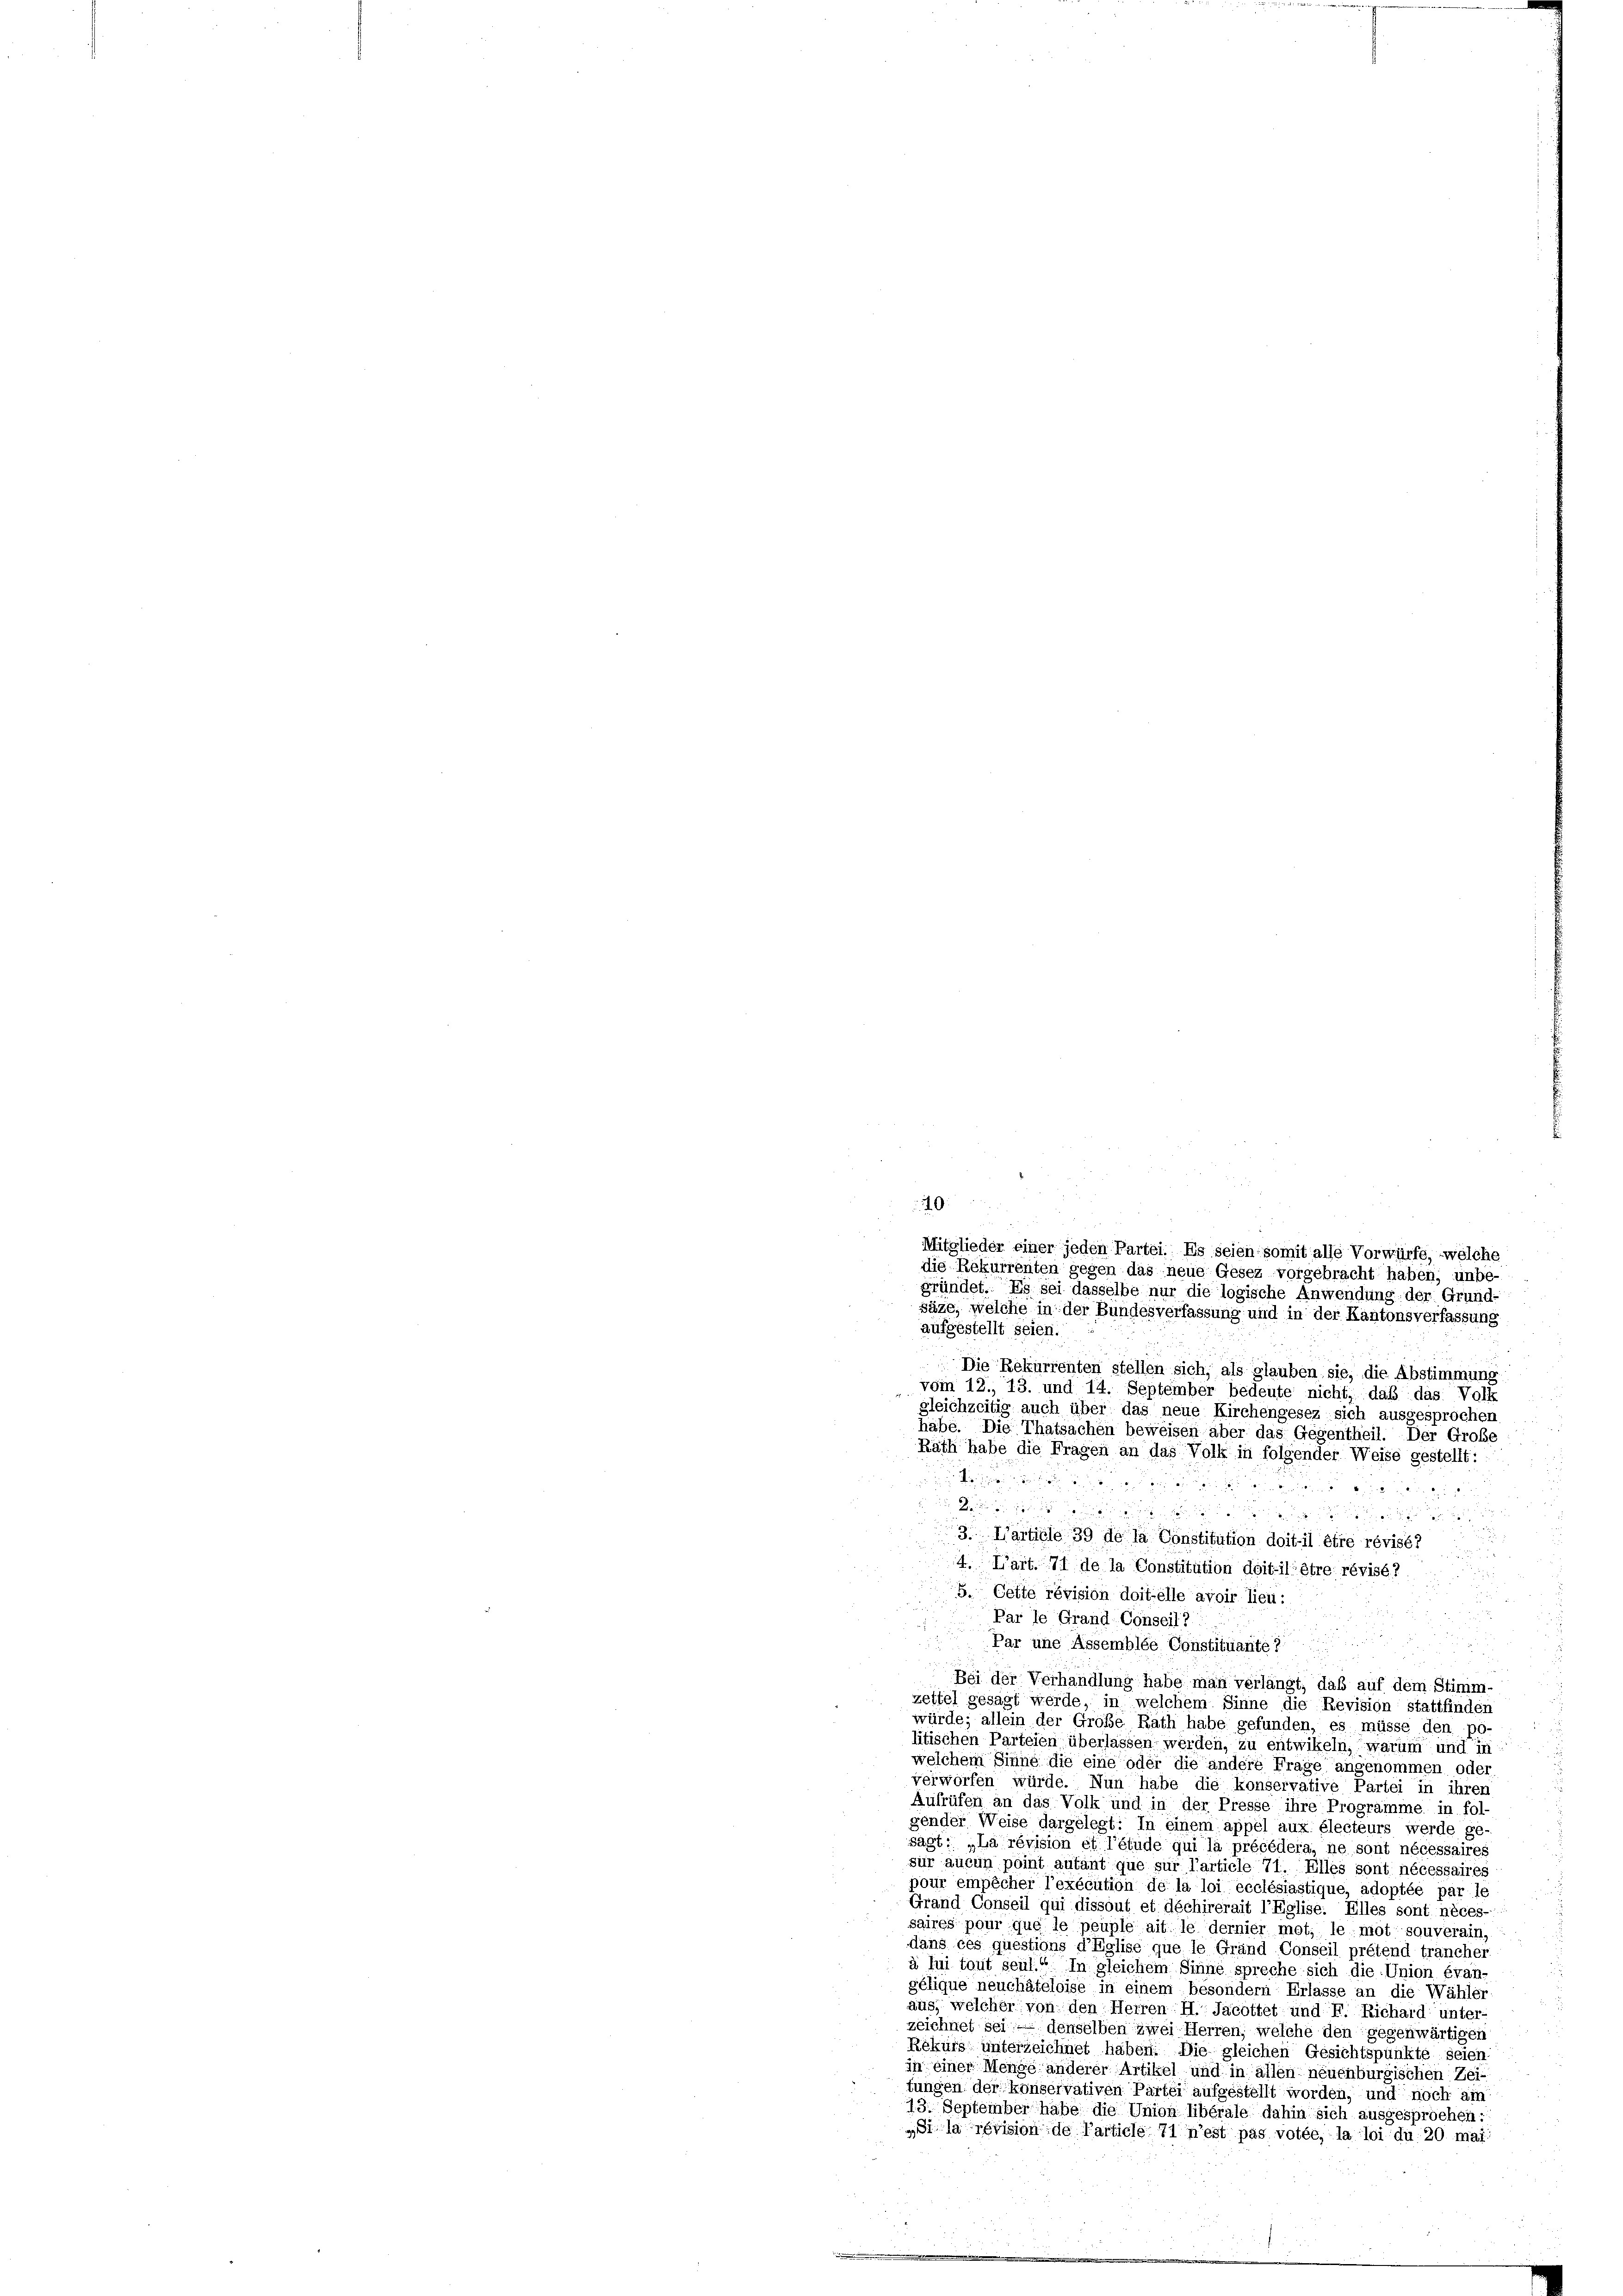
Mitglieder einer jeden Partei. Es seien somit alle Vorwürfe, welche
die Rekurrenten gegen das neue Gesez vorgebracht haben, unbe-
gründet. Es sei dasselbe nur die logische Anwendung der Grund-

säze, welche in der Bundesverfassung und in der Kantonsverfassung
aufgestellt seien:
25 x
 Lade in

3. Marticle 39 de la Constitution doit-il être révisé?
n
4. Lart. 71 de la Constitution doit l’être révisé?
5. Cette révision doit elle avoir lieu:
Par le Grand-Conseil 7
u
Par une Assemblée Constituante?
i
Bei der Verhandlung habe man verlängt, daß auf dem Stimm-
zettel gesagt werde, in welchem Sinne die Revision stattfinden
würde; allein der Große Rath habe gefunden, es müsse den po-
litischen Parteien überlassen werden, zu entwikeln, warum und in
welchem Sinne die eine oder die andere Frage angenommen oder
verworfen würde. Nun habe die konservative Partei in ihren
Aufrufen an das Volk und in der Presse ihre Programme in fol-
gender Weise dargelegt: In einem appel aux électeurs werde ge
sagt: „La révision et l’étude qui la précédera, ne sont nécessaires
sur aucun point autant que sur l’article 71. Elles sont nécessaires
pour empêcher l’exécution de la loi ecclésiastique, adoptée par le
Grand Conseil qui dissout et déchirerait l’Eglise. Elles sont néces
saires pour que le peuple ait le dernier mot, le mot souverain,
dans ces questions d’Eglise que le Grand Conseil prétend tranchei
à lui tout seul.“ In gleichem Sinne spreche sich die Union évan-
gélique neuchâteloise in einem besondern Erlasse an die Wähler-
aus, welcher von den Herren H. Jacottet und F. Richard unter
zeichnet sei – denselben zwei Herren, welche den gegenwärtigen
Rekurs unterzeichnet haben. Die gleichen Gesichtspunkte seien,
in einer Menge anderer Artikel und in allen neuenburgischen Zei
tungen der konservativen Partei aufgestellt worden, und noch am
13. September habe die Union libérale dahin sich ausgesprochen:
„Si la révision de Particle 71 n’est pas votée, la loi du 20 mai

Die Rekurrenten stellen sich, als glauben sie, die Abstimmung
vom 12., 13. und 14. September bedeute nicht, daß das Volk
gleichzeitig auch über das neue Kirchengesez sich ausgesprochen
habe. Die Thatsachen beweisen aber das Gegentheil. Der Große
Rath habe die Fragen an das Volk in folgender Weise gestellt:
Sie eine
 30